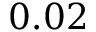
0 . 0 2